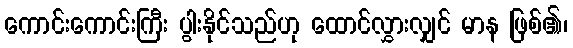
ကောင်းကောင်းကြီး ပွါးနိုင်သည်ဟု ထောင်လွှားလျှင် မာန ဖြစ်၏၊